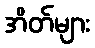
အိတ်များ